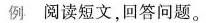
例阅读短文，回答问题。